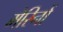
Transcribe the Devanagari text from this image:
मेरिनों